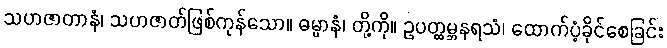
သဟဇာတာနံ၊ သဟဇာတ်ဖြစ်ကုန်သော။ ဓမ္မာနံ၊ တို့ကို။ ဥပတ္ထမ္ဘနရသံ၊ ထောက်ပံ့ခိုင်စေခြင်း